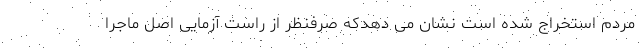
مردم استخراج شده است نشان می دهدکه صرفنظر از راست آزمایی اصل ماجرا